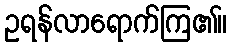
ဥရန်လာရောက်ကြ၏။